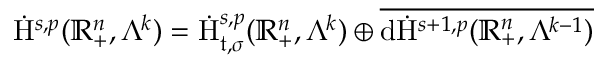
\begin{array} { r } { \dot { \mathrm { H } } ^ { s , p } ( \mathbb { R } _ { + } ^ { n } , \Lambda ^ { k } ) = \dot { \mathrm { H } } _ { \mathfrak { t } , \sigma } ^ { s , p } ( \mathbb { R } _ { + } ^ { n } , \Lambda ^ { k } ) \oplus \overline { { \mathrm { d } \dot { \mathrm { H } } ^ { s + 1 , p } ( \mathbb { R } _ { + } ^ { n } , \Lambda ^ { k - 1 } ) } } } \end{array}